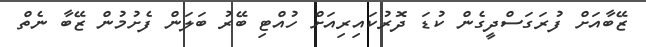
ޒޭބާއަށް ފުރަގަސްދީގެން ކުޑަ ދޮރުކައިރިއަށް ހުއްޓި ބޭރު ބަލަން ފެށުމުން ޒޭބާ ނެތް